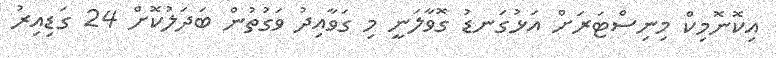
އިކޮނޮމިކް މިނިސްޓަރަށް އަޅުގަނޑު ގޮވާލަނީ މި ގަވާއިދު ވަގުތުން ބަދަލުކޮށް 24 ގަޑިއިރު